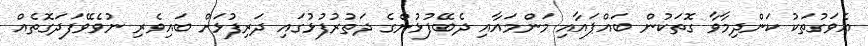
އެވަގުތަކު ކަންދިމާވާ ގޮތަކުން ބައްޕައާއި މަންމައާއި ދެބޭފުޅުންގެ ދަތުރުފުޅުގައި ދަރިފުޅަށް ބައިވެރި ނުވެވޭފަދަގޮތެއް